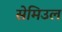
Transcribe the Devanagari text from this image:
सेमिउल